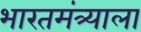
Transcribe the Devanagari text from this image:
भारतमंत्र्याला